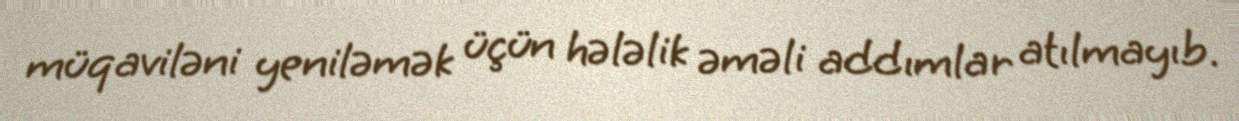
müqaviləni yeniləmək üçün hələlik əməli addımlar atılmayıb.